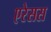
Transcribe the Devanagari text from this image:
एरेसस